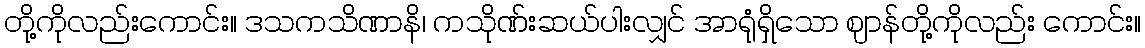
တို့ကိုလည်းကောင်း။ ဒသကသိဏာနိ၊ ကသိုဏ်းဆယ်ပါးလျှင် အာရုံရှိသော ဈာန်တို့ကိုလည်း ကောင်း။